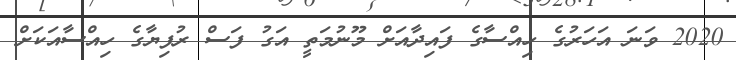
2020 ވަނަ އަހަރުގެ ހިއްސާގެ ފައިދާއަށް މޫނުމަތީ އަގު ފަސް ރުފިޔާގެ ހިއްސާއަކަށް